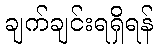
ချက်ချင်းရရှိရန်